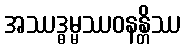
အဿဒ္ဓမ္မဿဝနန္တိဿ